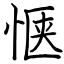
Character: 惬